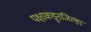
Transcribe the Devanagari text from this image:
पक्षाकडूनजिल्हा